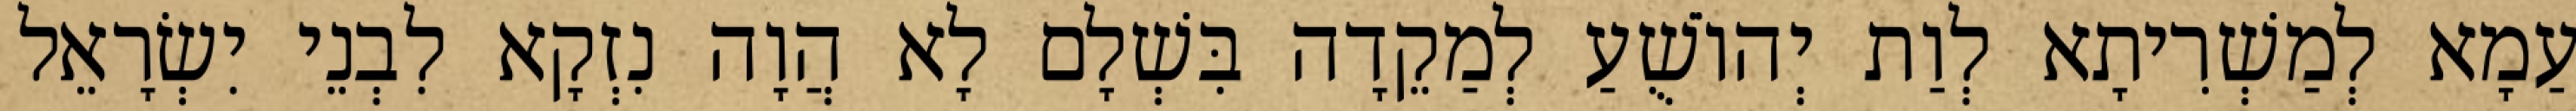
עַמָא לְמַשְׁרִיתָא לְוַת יְהוֹשֻׁעַ לְמַקֵדָה בִּשְׁלָם לָא הֲוָה נִזְקָא לִבְנֵי יִשְׂרָאֵל